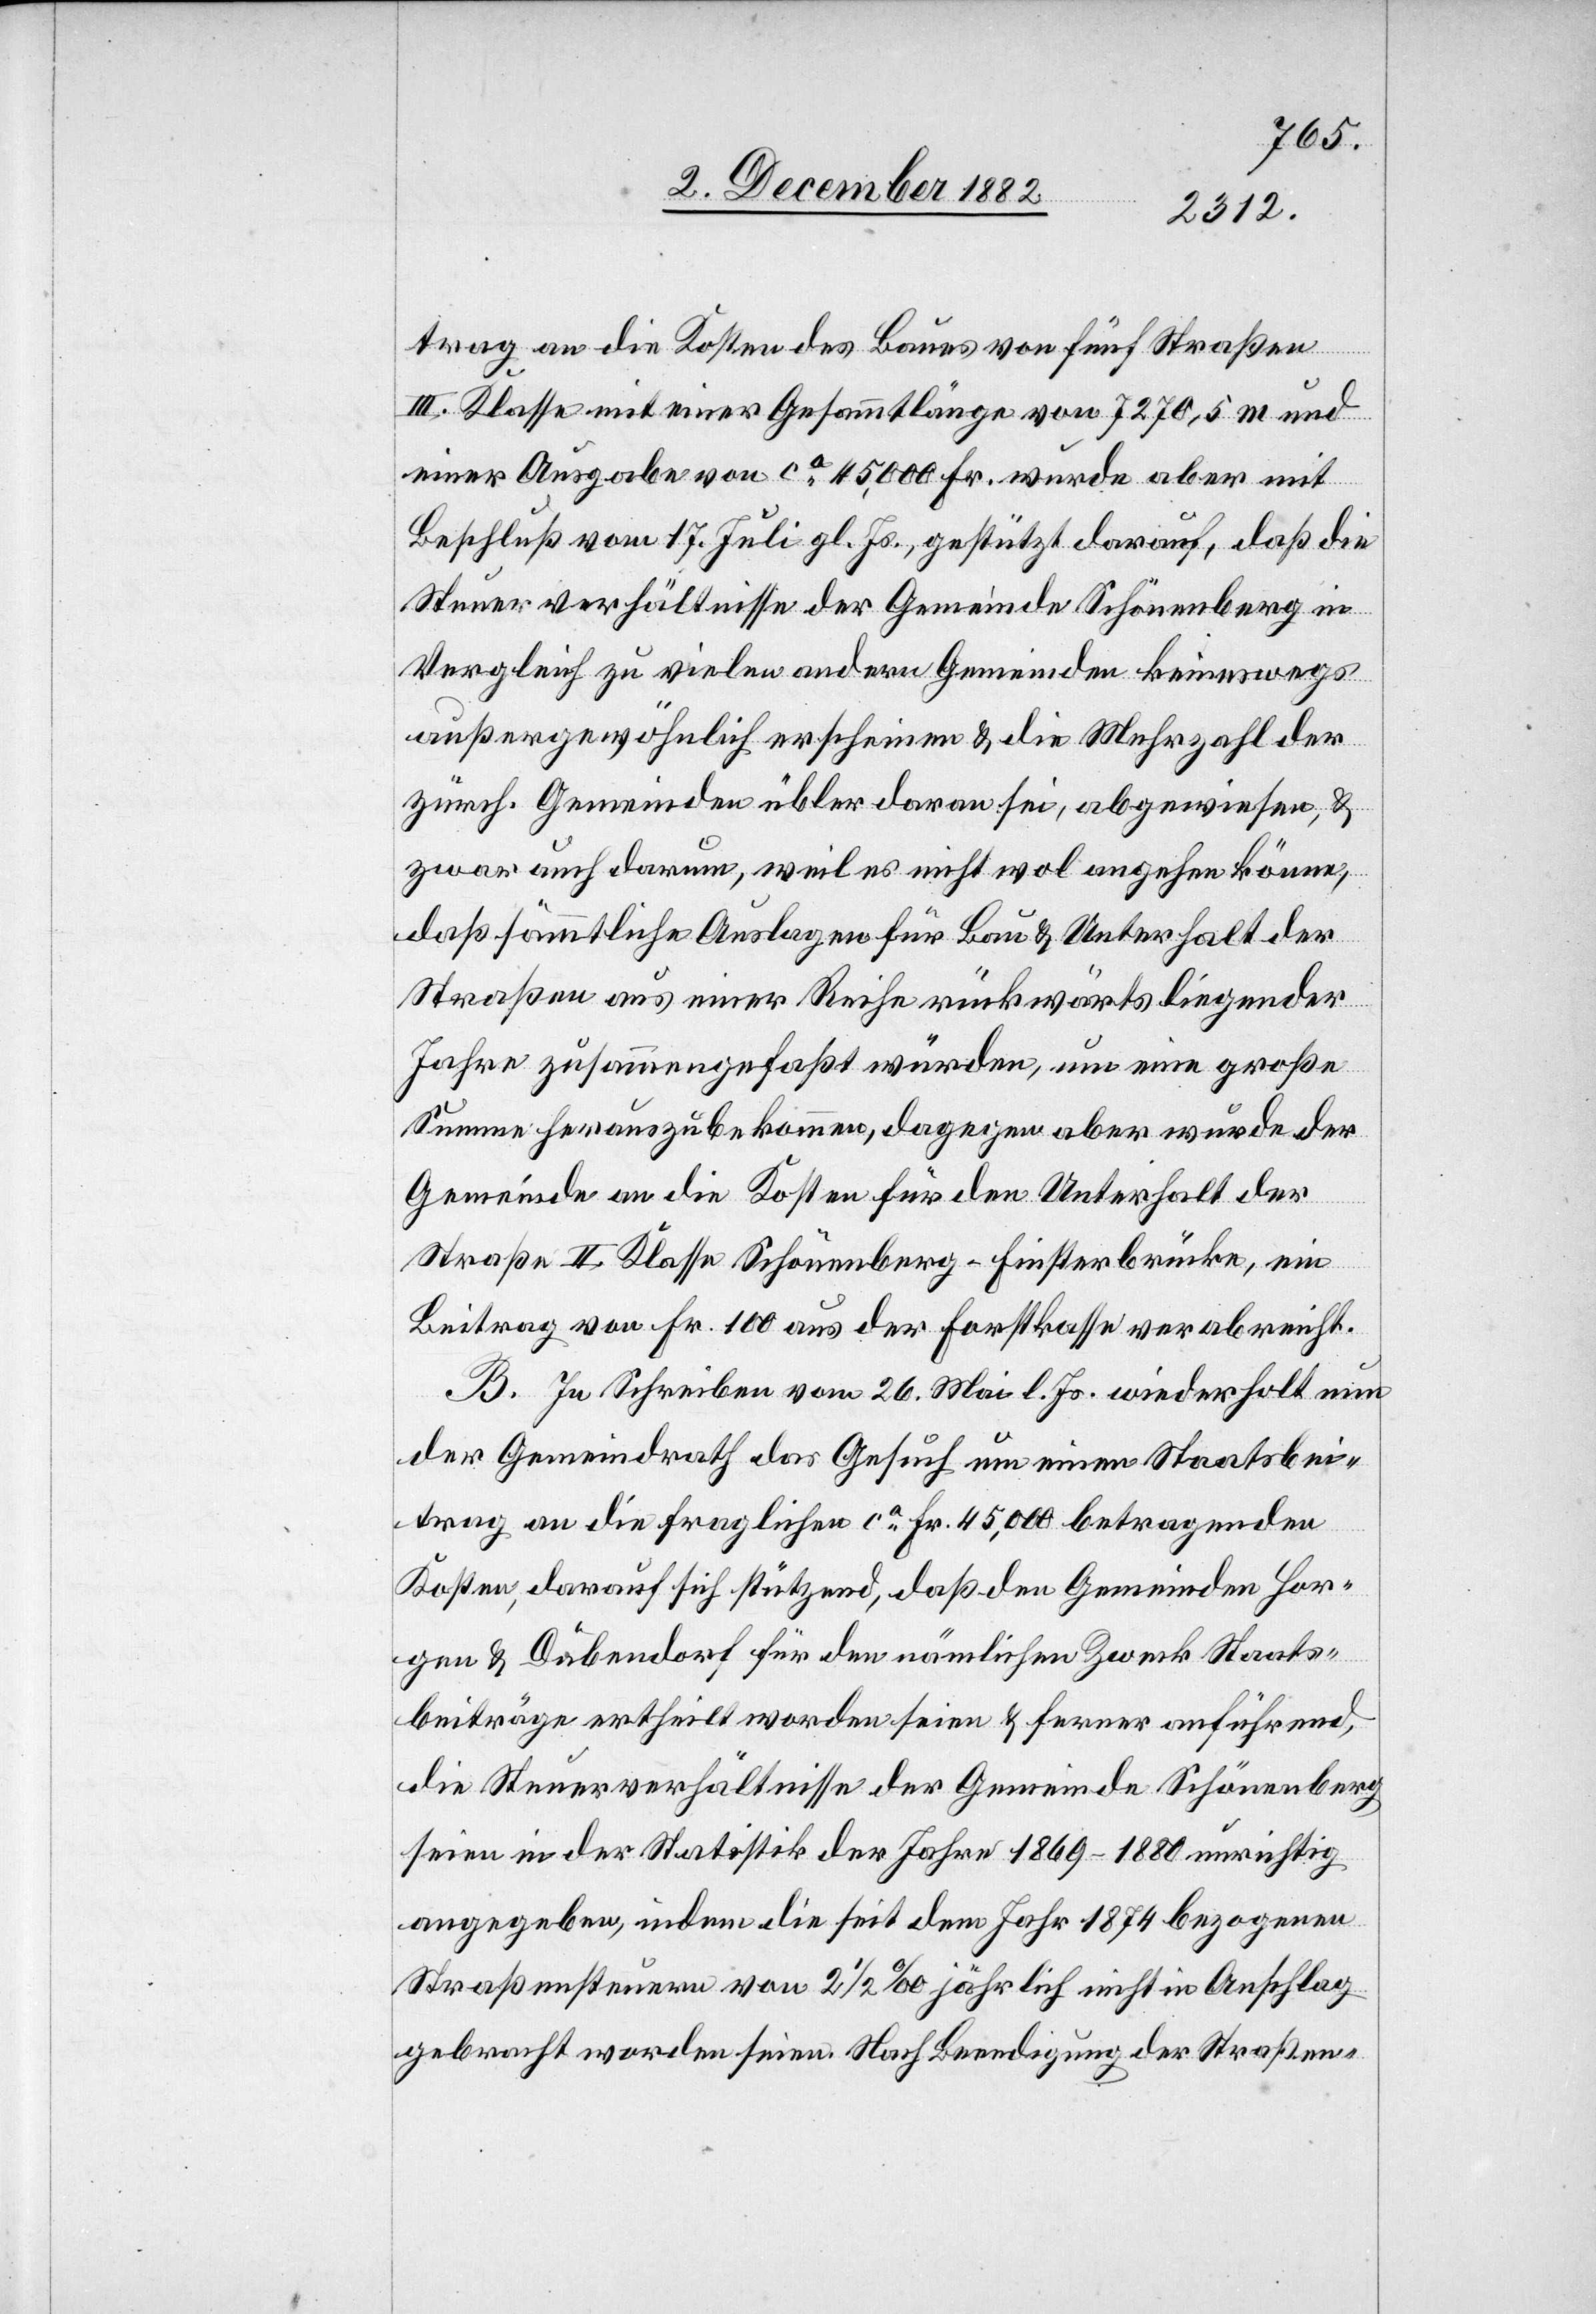
trag an die Kosten des Baues von fünf Straßen
III. Klasse mit einer Gesammtlänge von 7270,5 m und
einer Ausgabe von ca 45,000 Fr. wurde aber mit
Beschluß vom 17. Juli gl. Js., gestützt darauf, daß die
Steuerverhältnisse der Gemeinde Schönenberg in
Vergleich zu vielen andern Gemeinden keineswegs
außergewöhnlich erschienen & die Mehrzahl der
zürch. Gemeinden übler daran sei, abgewiesen, &
zwar auch darum, weil es nicht wol angehen könne,
daß sämmtliche Auslagen für Bau & Unterhalt der
Straßen aus einer Reihe rückwärts liegender
Jahre zusammengefaßt würden, um eine große
Summe herauszubekommen, dagegen aber wurde der
Gemeinde an die Kosten für den Unterhalt der
Straße II. Klasse Schönenberg–Finsterbrücke, ein
Beitrag von Fr. 100 aus der Forstkasse verabreicht.
B. In Schreiben vom 26. Mai l. Js. wiederholt nun
der Gemeindrath das Gesuch um einen Staatsbei¬
trag an die fraglichen ca Fr. 45,000 betragenden
Kosten, darauf sich stützend, daß den Gemeinden Hor¬
gen & Dübendorf für den nämlichen Zweck Staats¬
beiträge ertheilt worden seien & ferner anführend,
die Steuerverhältnisse der Gemeinde Schönenberg
seien in der Statistik der Jahre 1869–1880 unrichtig
angegeben, indem die seit dem Jahr 1874 bezogenen
Straßensteuern von 2 1/2‰ jährlich nicht in Anschlag
gebracht worden seien. Nach Beendigung der Straßen-